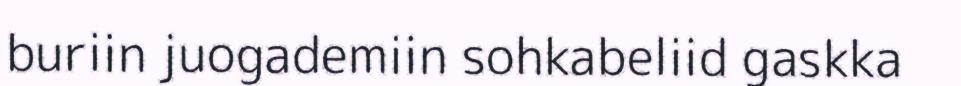
buriin juogademiin sohkabeliid gaskka